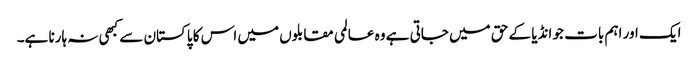
ایک اور اہم بات جو انڈیا کے حق میں جاتی ہے وہ عالمی مقابلوں میں اس کا پاکستان سے کبھی نہ ہارنا ہے۔